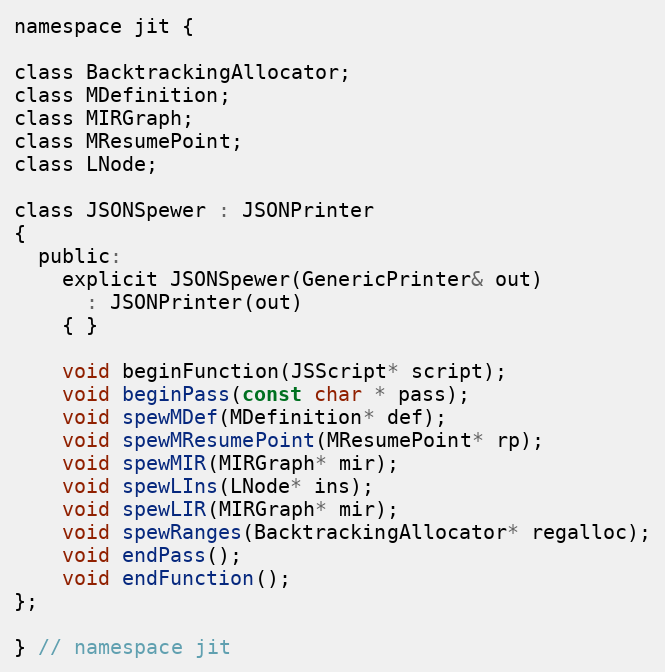
Language: C
namespace jit {

class BacktrackingAllocator;
class MDefinition;
class MIRGraph;
class MResumePoint;
class LNode;

class JSONSpewer : JSONPrinter
{
  public:
    explicit JSONSpewer(GenericPrinter& out)
      : JSONPrinter(out)
    { }

    void beginFunction(JSScript* script);
    void beginPass(const char * pass);
    void spewMDef(MDefinition* def);
    void spewMResumePoint(MResumePoint* rp);
    void spewMIR(MIRGraph* mir);
    void spewLIns(LNode* ins);
    void spewLIR(MIRGraph* mir);
    void spewRanges(BacktrackingAllocator* regalloc);
    void endPass();
    void endFunction();
};

} // namespace jit